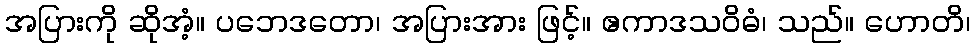
အပြားကို ဆိုအံ့။ ပဘေဒတော၊ အပြားအား ဖြင့်။ ဧကာဒသဝိဓံ၊ သည်။ ဟောတိ၊